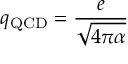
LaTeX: q _ { \mathrm { Q C D } } = { \frac { e } { \sqrt { 4 \pi \alpha } } }